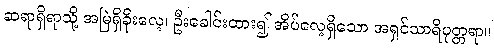
ဆရာရှိရာသို့ အမြဲရှိခိုးလေ့၊ ဦးခေါင်းထား၍ အိပ်လေ့ရှိသော အရှင်သာရိပုတ္တရာ။